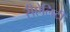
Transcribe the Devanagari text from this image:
रीऐलिटी